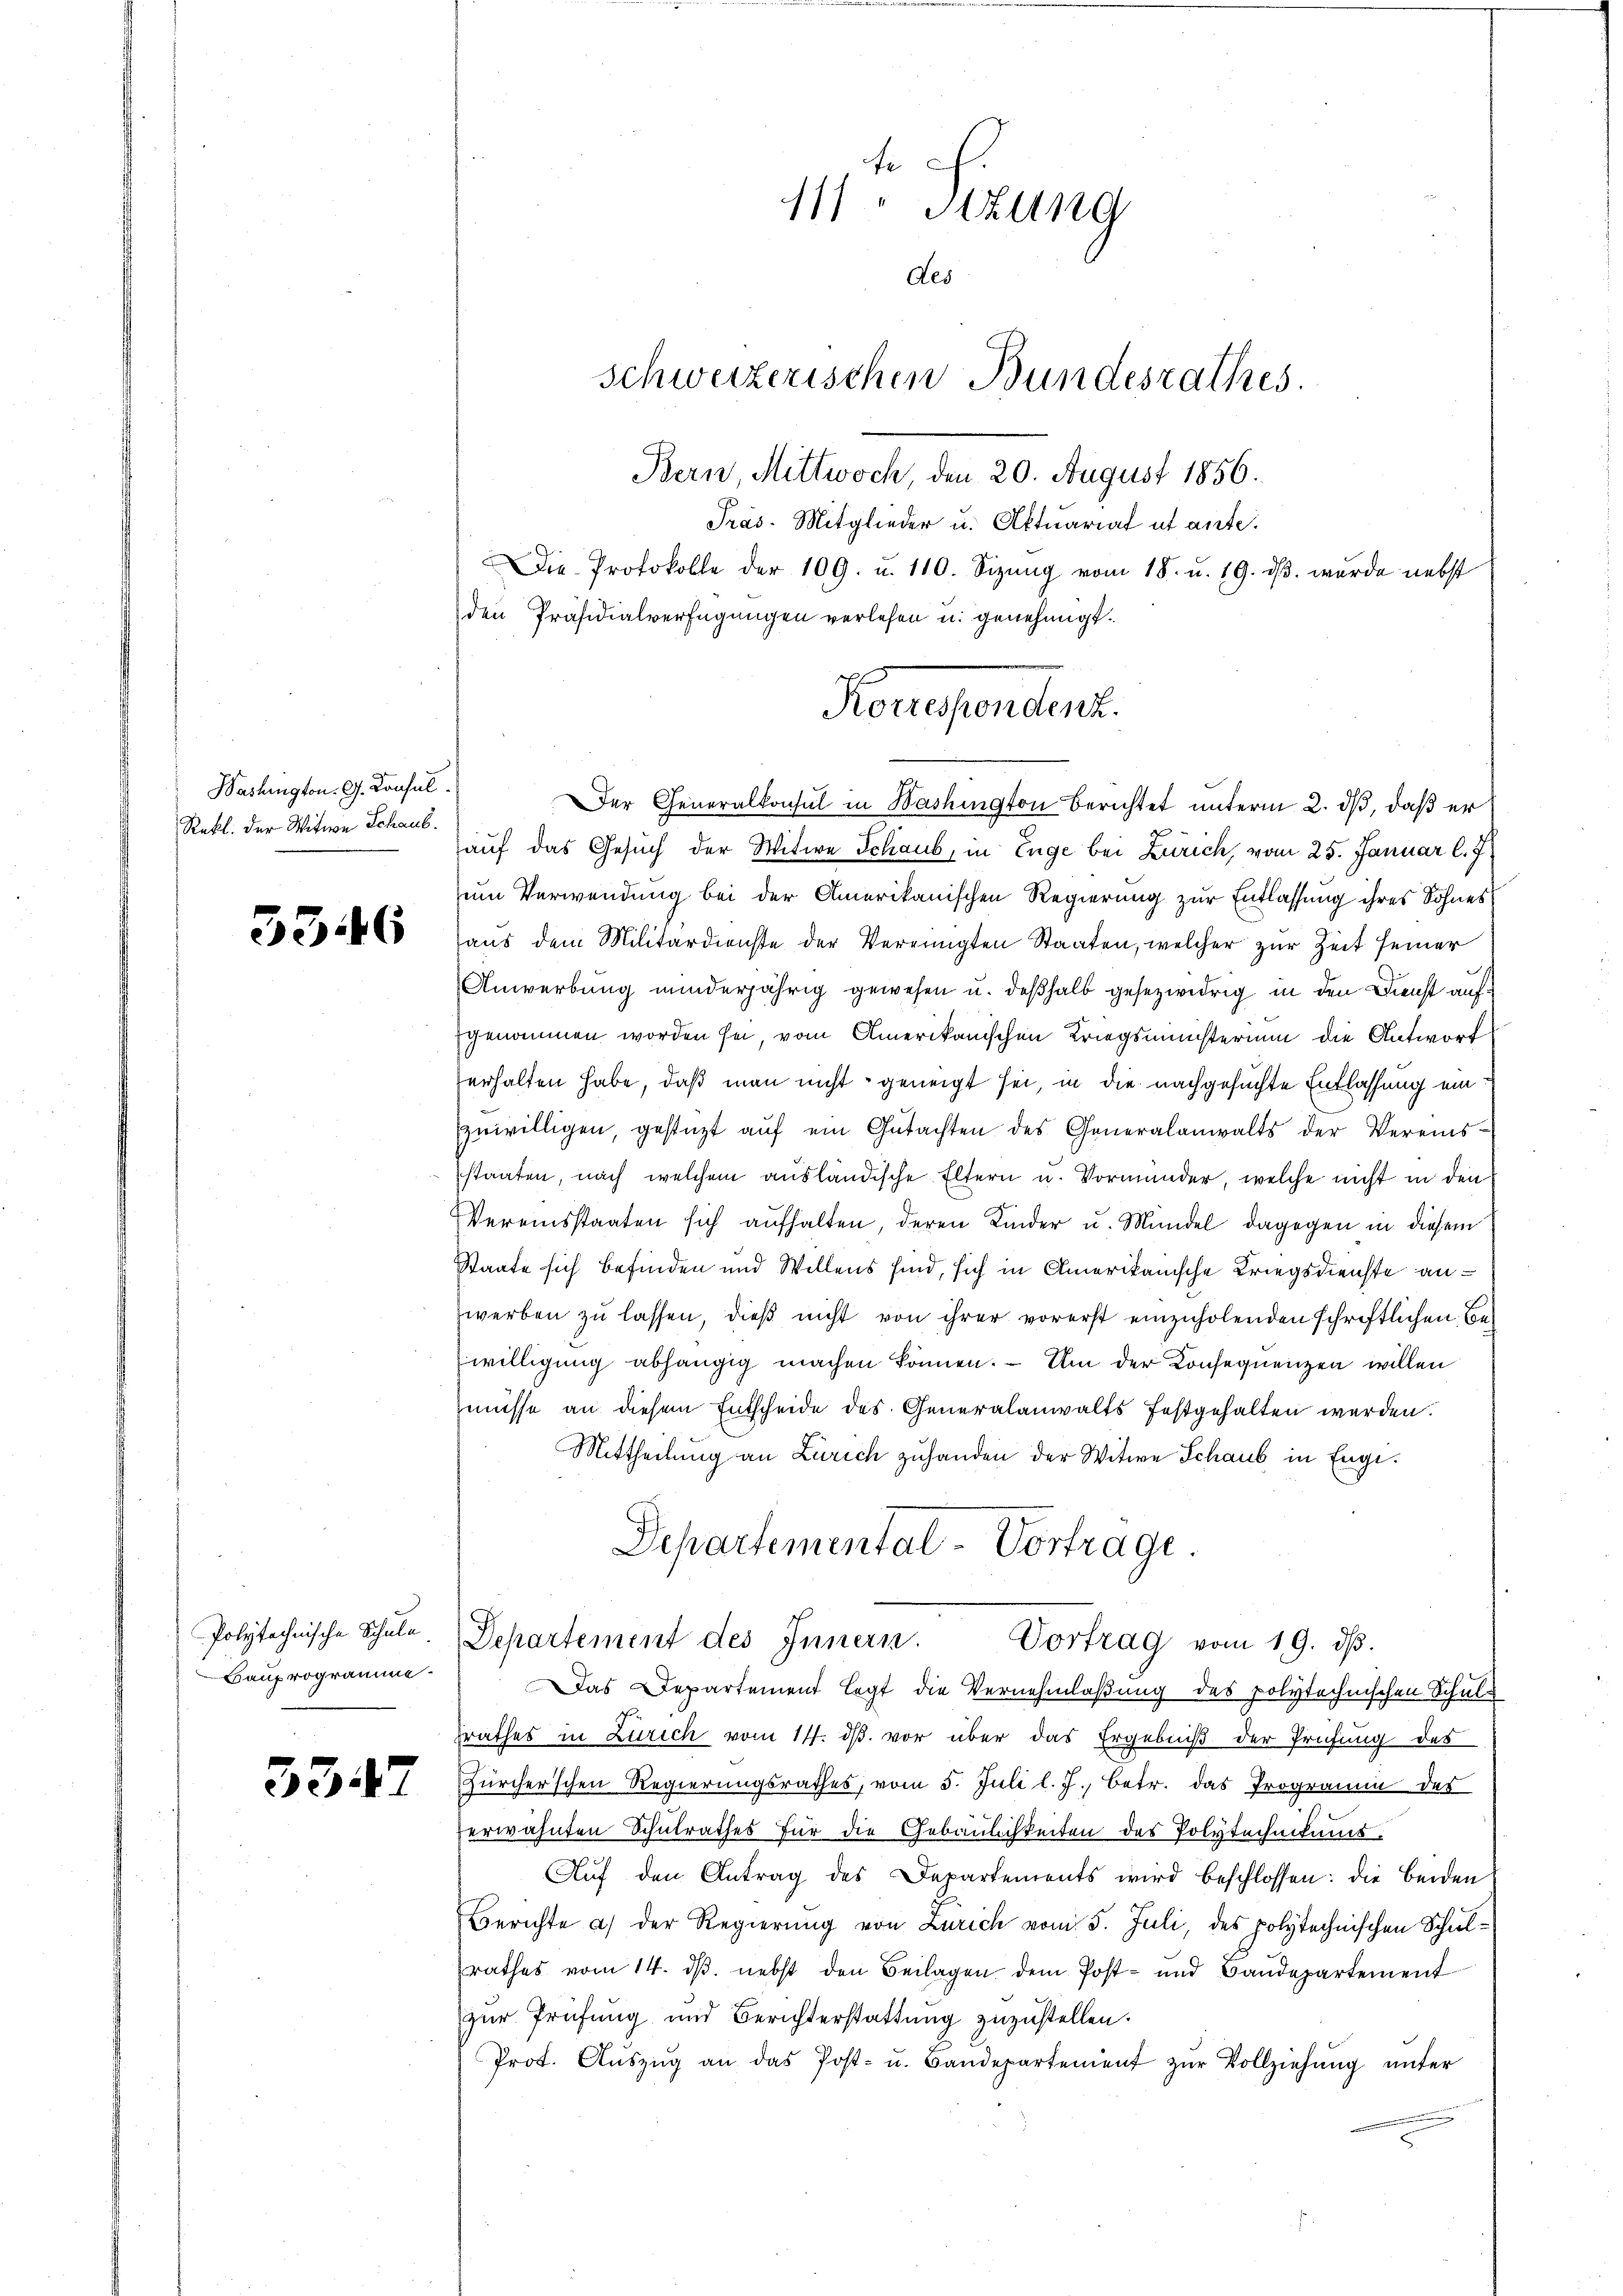
Washington. G. Consul
Rekl. der Witwe Schaus.

3346

Polytechnische Schule
Bauprogramme

3347

te
111 Stzung
des
schweizerischen Bundesrathes.
Bern, Mittwoch, den 20. August 1856.
Präs. Mitglieder u. Aktuariat et ante.
Die Protokolle der 109. u. 110. Sizŭng vom 18. u. 19. dβ. wurde nebst
den Präsidialverfügungen verlesen u. genehmigt.

Konesendent.
Der Generalkonsul in Washington Berichtet unterm 2. dβ, daß er

auf das Gesuch der Witwe Schaub, in Enge bei Zürich, vom 25. Januar l. J.
zum Verwendung bei der Amerikanischen Regierung zur Entlassung ihres Sohnes
aus dem Militärdienste der Vereinigten Staaten, welcher zur Zeit seiner
Anwerbung minderjährig gewesen u. deßhalb gesezwidrig in den Dienst aufgenommen worden sei, vom Amerikanischen Kriegsminsterium die Antwort
erhalten habe, daß man nicht geneigt sei, in die nachgesuchte Entlassung ein
zŭwilligen, gestüzt aŭf ein Gŭtachten des Generalanwalts der Vereins-
staaten, nach welchem ausländische Eltern u. Vormunder, welche nicht in den
Vereinsstaaten sich aufhalten, deren Kinder u. Mündel, dagegen in diesem
Staate sich befinden und Willens sind, sich in Amerikanische Kriegsdienste anwerben zu lassen, dieß nicht von ihrer vorerst einzuholenden schriftlichen Bewilligung abhängig machen können. – Um der Konsequenzen willen
müsse an diesem Entscheide des Generalanwalts festgehalten werden.
Mittheilung an Zürich zuhanden der Witwe Schaub in Engi¬
Departemental-Vortrage
Departement des Innern. Vortrag vom 19. dβ.
Das Departement legt die Vernehmlaßung des polytechnischen Schulsrathes in Zürich vom 14. ds. vor über das Ergebniß der Prüfung des
Zürcherschen Regierungsrathes, vom 5. Juli l. J., betr. das Programm des
erwähnten Schulrathes für die Gebäulichkeiten des Polytechnikums.
Aŭf den Antrag des Departements wird beschlossen: die beiden
Berichte a) der Regierung von Zürich vom 5. Juli, des polytechnischen Schulrathes vom 14. ds. nebst den Beilagen dem Post- und Bandepartement
zur Prüfung und Berichterstattung zuzustellen.
Prot. Aŭszŭg an das Post- u. Bandepartement zŭr Vollziehŭng ŭnter